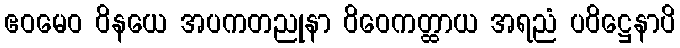
ဧဝမေဝ ဝိနယေ အပကတညုနာ ဝိဝေကတ္ထာယ အရညံ ပဝိဋ္ဌေနာပိ